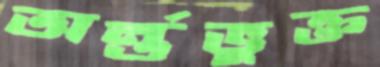
অর্ন্তভুক্ত